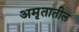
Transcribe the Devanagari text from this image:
अमृतातील